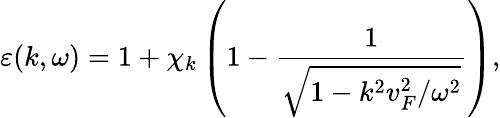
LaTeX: \varepsilon(k,\omega)=1+\chi_{k}\left(1-\frac{1}{\sqrt{1-k^{2}v_{F}^{2}/\omega^{2}}}\right),